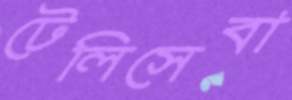
টেলিসেবা